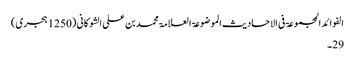
الفوائد المجموعۃ فی الاحادیث الموضوعۃ العلامۃ محمد بن علی الشوکانی (1250 ہجری)
29۔